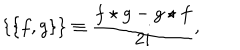
\{ \{ f , g \} \} \equiv { \frac { f \star g - g \star f } { 2 i } } ,